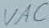
Text: VAC